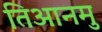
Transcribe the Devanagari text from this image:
तिआनमु